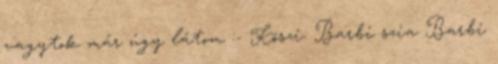
vagytok már úgy látom :- Köszi: Barbi szia Barbi